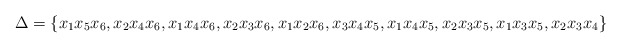
\begin{align*}\Delta=\{x_1x_5x_6,x_2x_4x_6,x_1x_4x_6,x_2x_3x_6,x_1x_2x_6,x_3x_4x_5,x_1x_4x_5,x_2x_3x_5,x_1x_3x_5,x_2x_3x_4\} \end{align*}